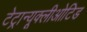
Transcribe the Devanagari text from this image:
टेट्रान्यूक्लीओटिड